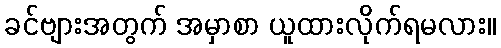
ခင်ဗျားအတွက် အမှာစာ ယူထားလိုက်ရမလား။